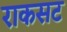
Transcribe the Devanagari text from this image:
राकसट